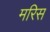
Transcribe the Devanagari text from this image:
मरिस